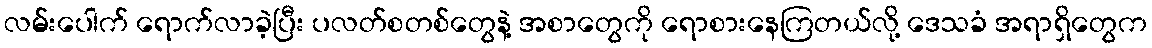
လမ်းပေါက် ရောက်လာခဲ့ပြီး ပလတ်စတစ်တွေနဲ့ အစာတွေကို ရောစားနေကြတယ်လို့ ဒေသခံ အရာရှိတွေက